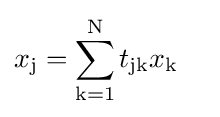
{\begin{aligned}x_{\mathrm {j} }&=\sum _{\mathrm {k} =1}^{\mathrm {N} }t_{\mathrm {jk} }x_{\mathrm {k} }\end{aligned}}